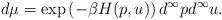
LaTeX: \begin{align*}d\mu = \exp\left({-\beta H(p,u)}\right) d^\infty p d^\infty u .\end{align*}